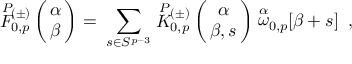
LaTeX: \stackrel { P } { \cal F } { } \! \! _ { 0 , p } ^ { ( \pm ) } \left( \begin{array} { c } { { \! \! \alpha \! \! } } \\ { { \! \! \beta \! \! } } \end{array} \right) = \; \sum _ { s \in { \cal S } ^ { p - 3 } } \stackrel { P } { K } { } \! \! _ { 0 , p } ^ { ( \pm ) } \left( \begin{array} { c } { { \! \! \alpha \! \! } } \\ { { \! \! \beta , s \! \! } } \end{array} \right) \stackrel { \alpha } { \omega } _ { 0 , p } \! \! \lbrack \beta + s \rbrack \; \; ,